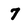
Character: 7